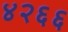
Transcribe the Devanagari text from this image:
४२६६